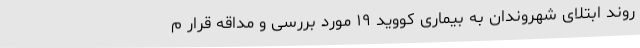
روند ابتلای شهروندان به بیماری کووید ۱۹ مورد بررسی و مداقه قرار م